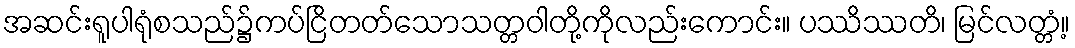
အဆင်းရူပါရုံစသည်၌ကပ်ငြိတတ်သောသတ္တဝါတို့ကိုလည်းကောင်း။ ပဿိဿတိ၊ မြင်လတ္တံ့။